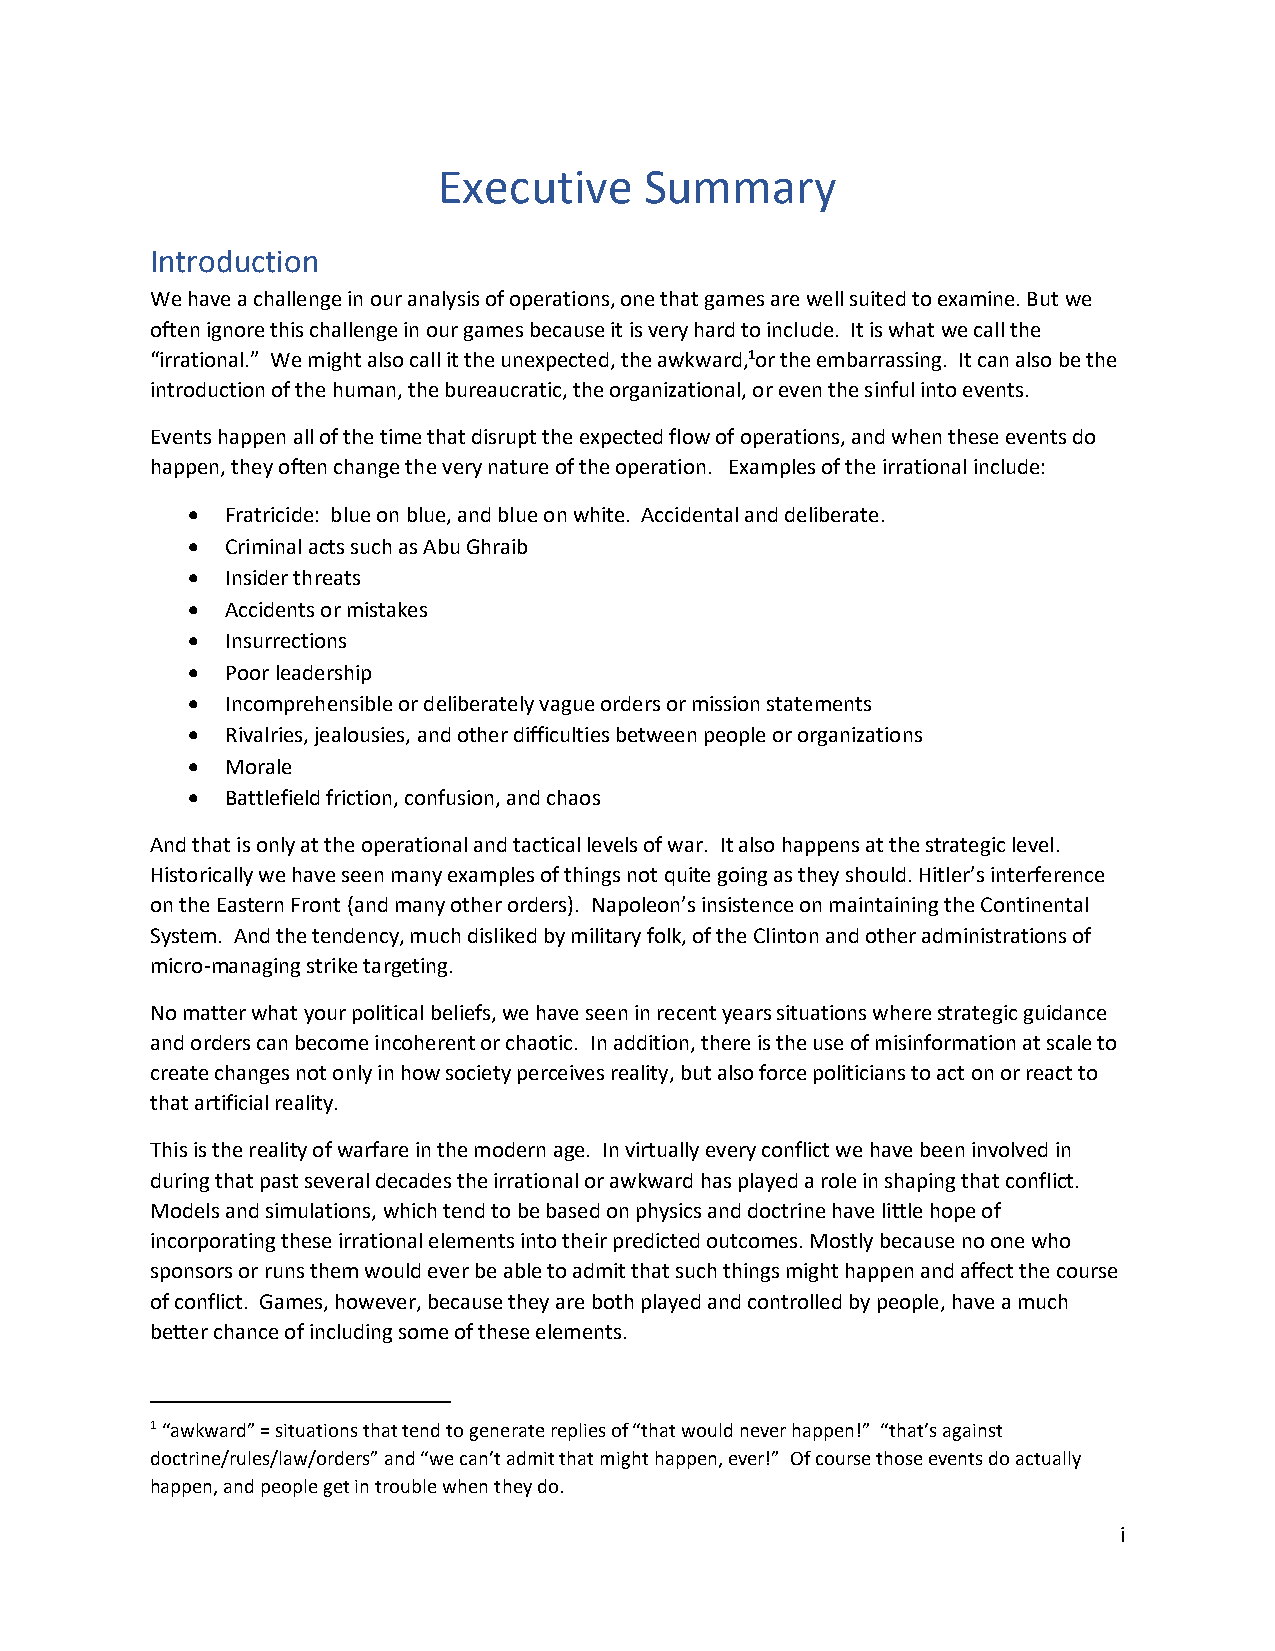
Executive     Summary
 Introduction
 We have a challenge in our analysis of operations, one that games are well suited to examine. But we
 often ignore this challenge in our games because it is very hard to include. It is what we call the
 “irrational.” We might also call it the unexpected, the awkward,1or the embarrassing. It can also be the
 introduction of the human, the bureaucratic, the organizational, or even the sinful into events.
 Events happen all of the time that disrupt the expected flow of operations, and when these events do
 happen, they often change the very nature of the operation. Examples of the irrational include:
 •  Fratricide: blue on blue, and blue on white. Accidental and deliberate.
 •  Criminal acts such as Abu Ghraib
 •  Insider threats
 •  Accidents or mistakes
 •  Insurrections
 •  Poor leadership
 •  Incomprehensible or deliberately vague orders or mission statements
 •  Rivalries, jealousies, and other difficulties between people or organizations
 •  Morale
 •  Battlefield friction, confusion, and chaos
 And that is only at the operational and tactical levels of war. It also happens at the strategic level.
 Historically we have seen many examples of things not quite going as they should. Hitler’s interference
 on the Eastern Front (and many other orders). Napoleon’s insistence on maintaining the Continental
 System. And the tendency, much disliked by military folk, of the Clinton and other administrations of
 micro-managing strike targeting.
 No matter what your political beliefs, we have seen in recent years situations where strategic guidance
 and orders can become incoherent or chaotic. In addition, there is the use of misinformation at scale to
 create changes not only in how society perceives reality, but also force politicians to act on or react to
 that artificial reality.
 This is the reality of warfare in the modern age. In virtually every conflict we have been involved in
 during that past several decades the irrational or awkward has played a role in shaping that conflict.
 Models and simulations, which tend to be based on physics and doctrine have little hope of
 incorporating these irrational elements into their predicted outcomes. Mostly because no one who
 sponsors or runs them would ever be able to admit that such things might happen and affect the course
 of conflict. Games, however, because they are both played and controlled by people, have a much
 better chance of including some of these elements.
 1 “awkward” = situations that tend to generate replies of “that would never happen!” “that’s against
 doctrine/rules/law/orders” and “we can’t admit that might happen, ever!” Of course those events do actually
 happen, and people get in trouble when they do.
 i